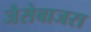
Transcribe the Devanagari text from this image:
जैसेबाजरा